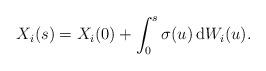
LaTeX: \begin{align*}X_{i}(s)=X_{i}(0)+\int_{0}^{s}\sigma (u)\, \mathrm{d} W_i (u).\end{align*}